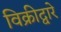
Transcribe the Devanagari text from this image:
विक्रीद्वारे